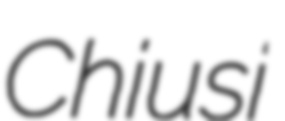
Chiusi